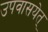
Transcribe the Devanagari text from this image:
उपवासयेत्